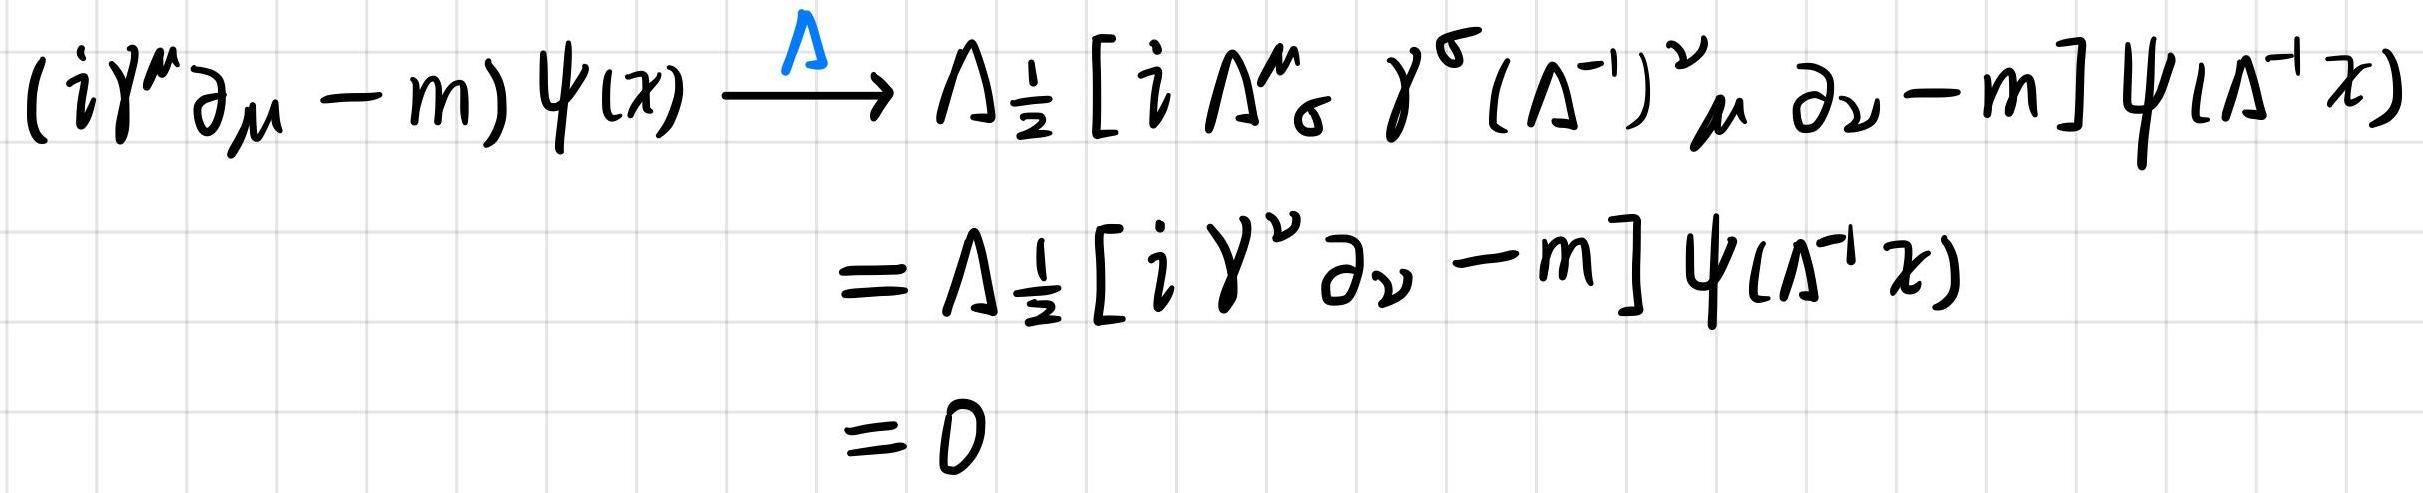
$(i\gamma^{\mu}\partial_{\mu}-m)\psi(x)\xrightarrow{\Lambda}\Lambda_{\frac{1}{2}}[i\Lambda^{\mu}_{\ \ \sigma}\gamma^{\sigma}(\Lambda^{-1})^{\nu}_{\ \ \mu}\partial_{\nu}-m]\psi(\Lambda^{-1}x)$
$=\Lambda_{\frac{1}{2}}[i\gamma^{\nu}\partial_{\nu}-m]\psi(\Lambda^{-1}x)$
$=0$